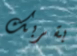
بقربك